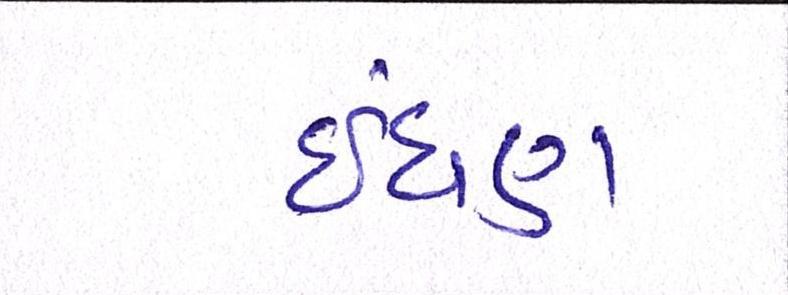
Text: ઈંધણ